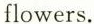
flowers.